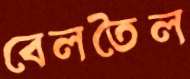
বেলতৈল